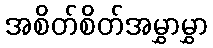
အစိတ်စိတ်အမွှာမွှာ